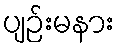
ပျဉ်းမနား